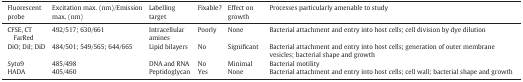
<table><thead><tr><td><b>Fluorescent probe</b></td><td><b>Excitation max. (nm)/Emission max. (nm)</b></td><td><b>Labelling target</b></td><td><b>Fixable?</b></td><td><b>Effect on growth</b></td><td><b>Processes particularly amenable to study</b></td></tr></thead><tbody><tr><td>CFSE, CT FarRed</td><td>492/517; 630/661</td><td>Intracellular amines</td><td>Poorly</td><td>None</td><td>Bacterial attachment and entry into host cells; cell division by dye dilution</td></tr><tr><td>DiO; DiI; DiD</td><td>484/501; 549/565; 644/665</td><td>Lipid bilayers</td><td>No</td><td>Significant</td><td>Bacterial attachment and entry into host cells; generation of outer membrane vesicles; bacterial shape and growth</td></tr><tr><td>Syto9</td><td>485/498</td><td>DNA and RNA</td><td>No</td><td>Minimal</td><td>Bacterial motility</td></tr><tr><td>HADA</td><td>405/460</td><td>Peptidoglycan</td><td>Yes</td><td>None</td><td>Bacterial attachment and entry into host cells; cell wall; bacterial shape and growth</td></tr></tbody></table>